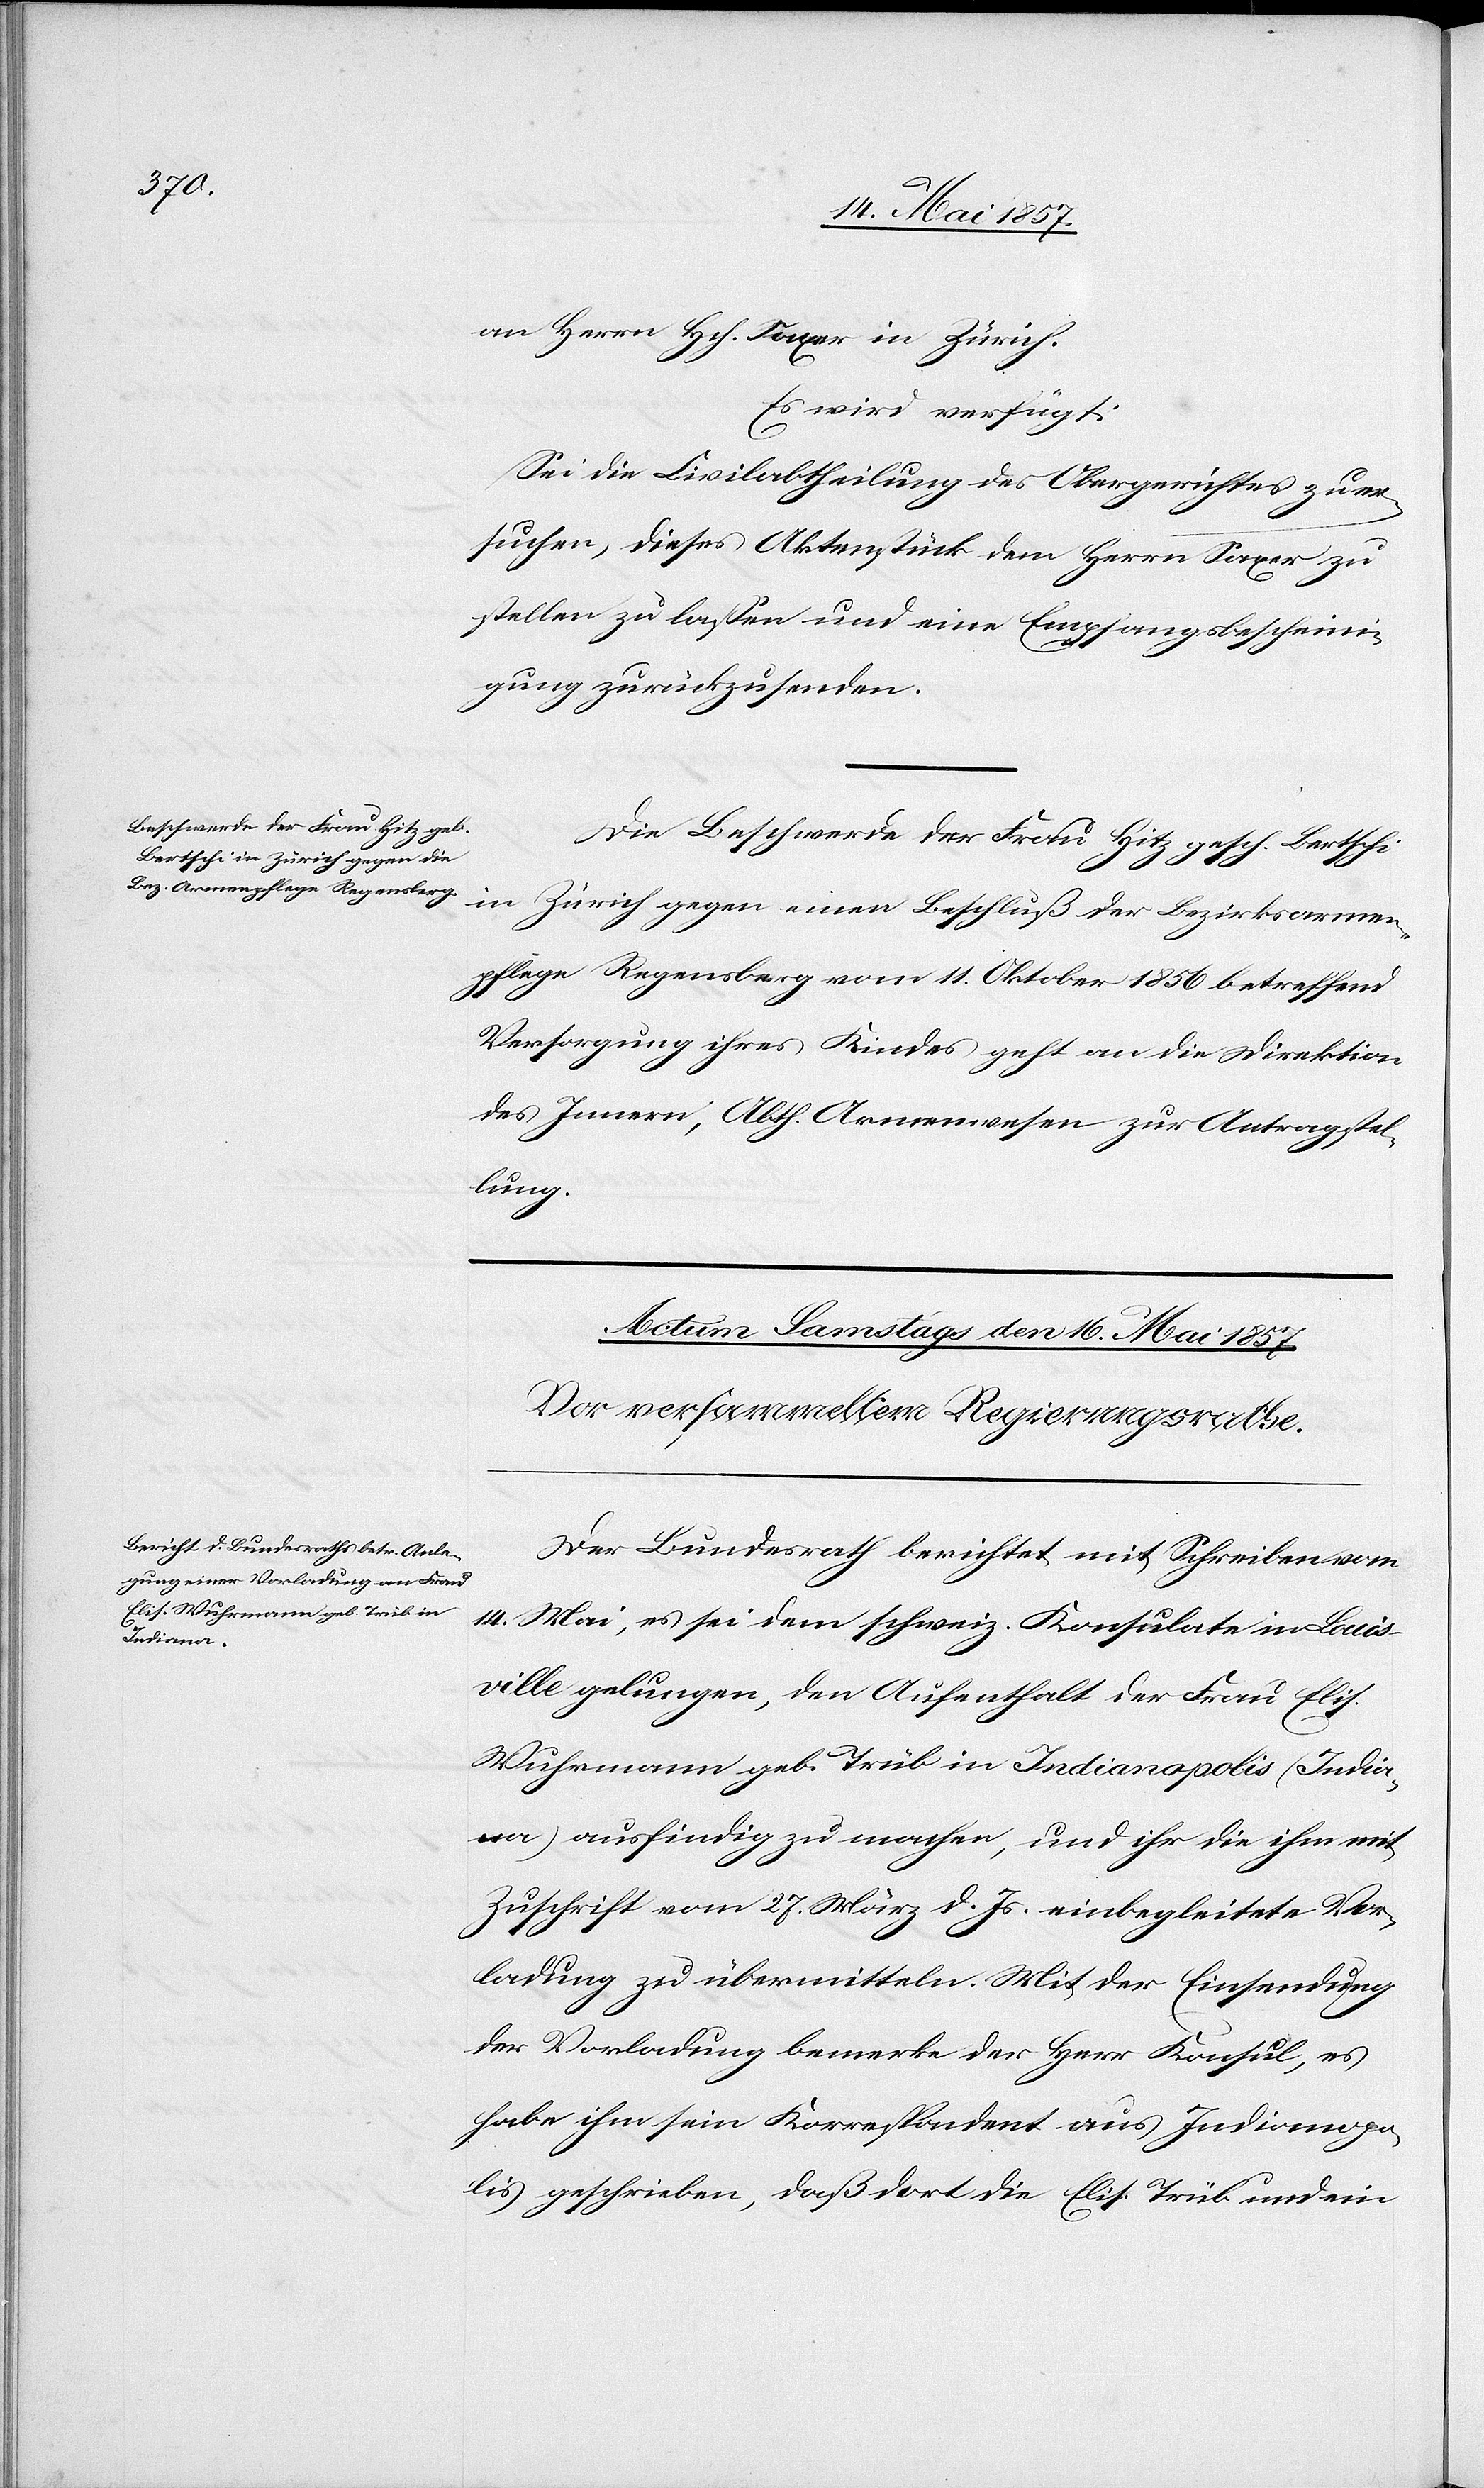
15 Mai 1857.]
an Herrn Hch. Saxer in Zürich.
Es wird verfügt:
Sei die Civilabtheilung des Obergerichtes zu er¬
suchen, dieses Aktenstück dem Herrn Saxer zu
stellen zu lassen und eine Empfangsbescheini¬
gung zurückzusenden.
Die Beschwerde der Frau Hitz
in Zürich gegen einen Beschluß der Bezirksarmen¬
pflege Regensberg vom 11 Oktober 1856 betreffend
Versorgung ihres Kindes geht an die Direktion
des Innern, Abth. Armenwesen zur Antragstel¬
lung.
Der Bundesrath berichtet mit Schreiben vom
14 Mai, es sei dem schweiz. Konsulate in Louis¬
ville gelungen, den Aufenthalt der Frau Elis.
Wuhrmann geb. Trüb in Indianapolis (India¬
na) ausfindig zu machen, und ihr die ihm mit
Zuschrift vom 27 März d. Js. einbegleitete Vor¬
ladung zu übermitteln. Mit der Einsendung
der Vorladung bemerke der Herr Konsul, es
habe ihm sein Korrespondent aus Indianapo¬
lis geschrieben, daß dort die Elis. Trüb und ein